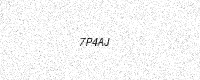
Text: 7P4AJ